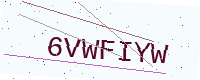
Text: 6VWFIYW